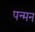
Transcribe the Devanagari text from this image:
पन्मन